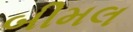
બીમલ